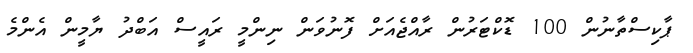
ޕާކިސްތާނުން 100 ޑޮކްޓަރުން ރާއްޖެއަށް ފޮނުވަން ނިންމީ ރައީސް އަބްދު ޔާމީން އެންމެ